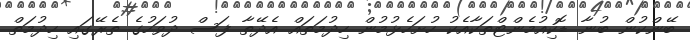
ބޭންކުން ބުނާ ޑޮކިއުމެންޓްތަކާއެކު ހުށަހެޅުމުން ހިދުމަތައް އެދޭތާ ފަސް ދުވަހުގެ ތެރޭގައި ހިދުމަތް